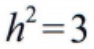
\(h^{2}=3\)